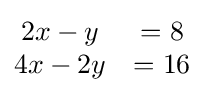
{\begin{matrix}2x-y&=8\\4x-2y&=16\end{matrix}}